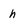
Character: h